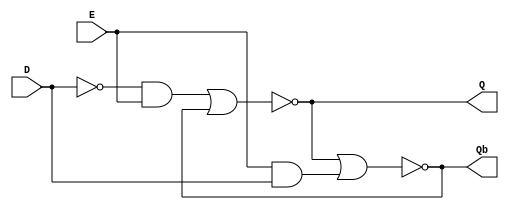
`timescale 1ns / 1ns
module Lab3_D_Latch_gatelevel(
    input D,
    input E,
    output Q,
    output Qb
);
    wire Db;
    wire R;
    wire S;
    
    not #1 (Db, D);
    and #1 (R, Db, E);
    and #1 (S, E, D);
    nor #1 (Q, R, Qb);
    nor #1 (Qb, Q, S);
endmodule